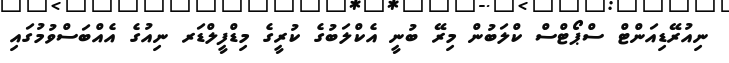
ނިއުރޭޑިއަންޓް ސްޕޯޓްސް ކްލަބުން މިރޭ ބުނީ އެކްލަބުގެ ކުރީގެ މިޑްފީލްޑަރ ނިއުގެ އެއްބަސްވުމުގައި